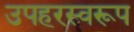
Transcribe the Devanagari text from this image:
उपहरस्वरूप